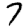
Digit: 7